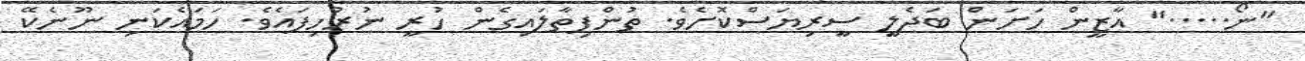
"ނޯ....." އާޒީން ހަށަން ބަދެލީ ސީރިޔަސްކޮށެވެ. ތުންފިތާލައިގެން ހުރީ ނުރުހިފައެވެ. ހަމައެކަނި ނޫނެކޭ